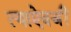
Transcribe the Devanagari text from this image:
त्याऐवजीं